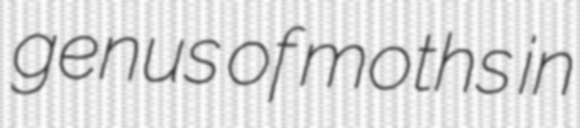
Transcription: genus of moths in